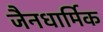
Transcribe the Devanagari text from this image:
जैनधार्मिक